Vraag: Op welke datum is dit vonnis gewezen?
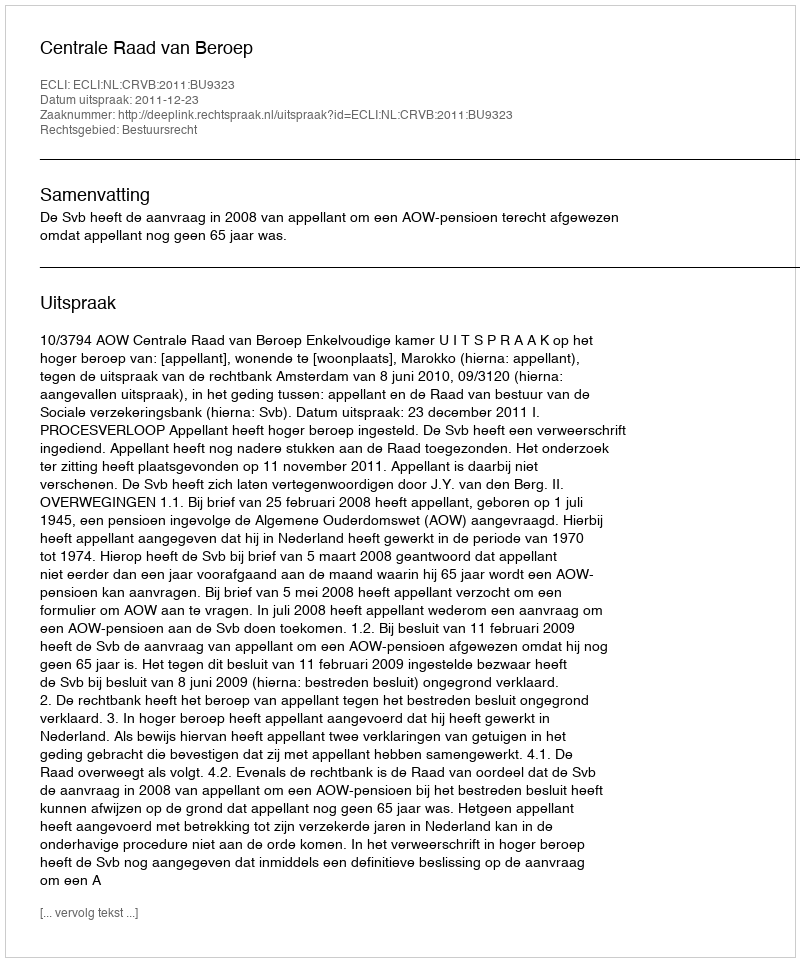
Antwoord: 2011-12-23